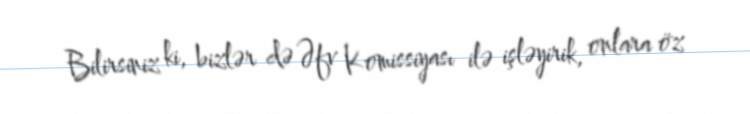
Bilirsiniz ki, bizlər də Əfv Komissiyası ilə işləyirik, onlara öz